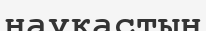
науқастың